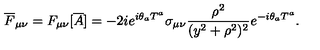
{ \overline { F } } _ { \mu \nu } = F _ { \mu \nu } [ { \overline { A } } ] = - 2 i e ^ { i \theta _ { a } T ^ { a } } \sigma _ { \mu \nu } \frac { \rho ^ { 2 } } { ( y ^ { 2 } + \rho ^ { 2 } ) ^ { 2 } } e ^ { - i \theta _ { a } T ^ { a } } .